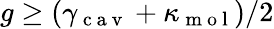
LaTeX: g\ge(\gamma_{\mathrm{~c~a~v~}}+\kappa_{\mathrm{~m~o~l~}})/2